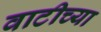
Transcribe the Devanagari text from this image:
वाटीच्या